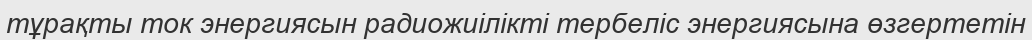
тұрақты ток энергиясын радиожиілікті тербеліс энергиясына өзгертетін